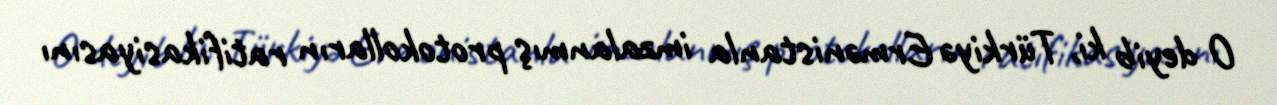
O deyib ki, Türkiyə Ermənistanla imzalanmış protokolların ratifikasiyasını